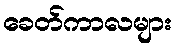
ခေတ်ကာလများ